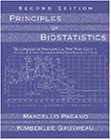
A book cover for Principles of Biostatistics (with CD-ROM); Marcello Pagano; Medical Books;